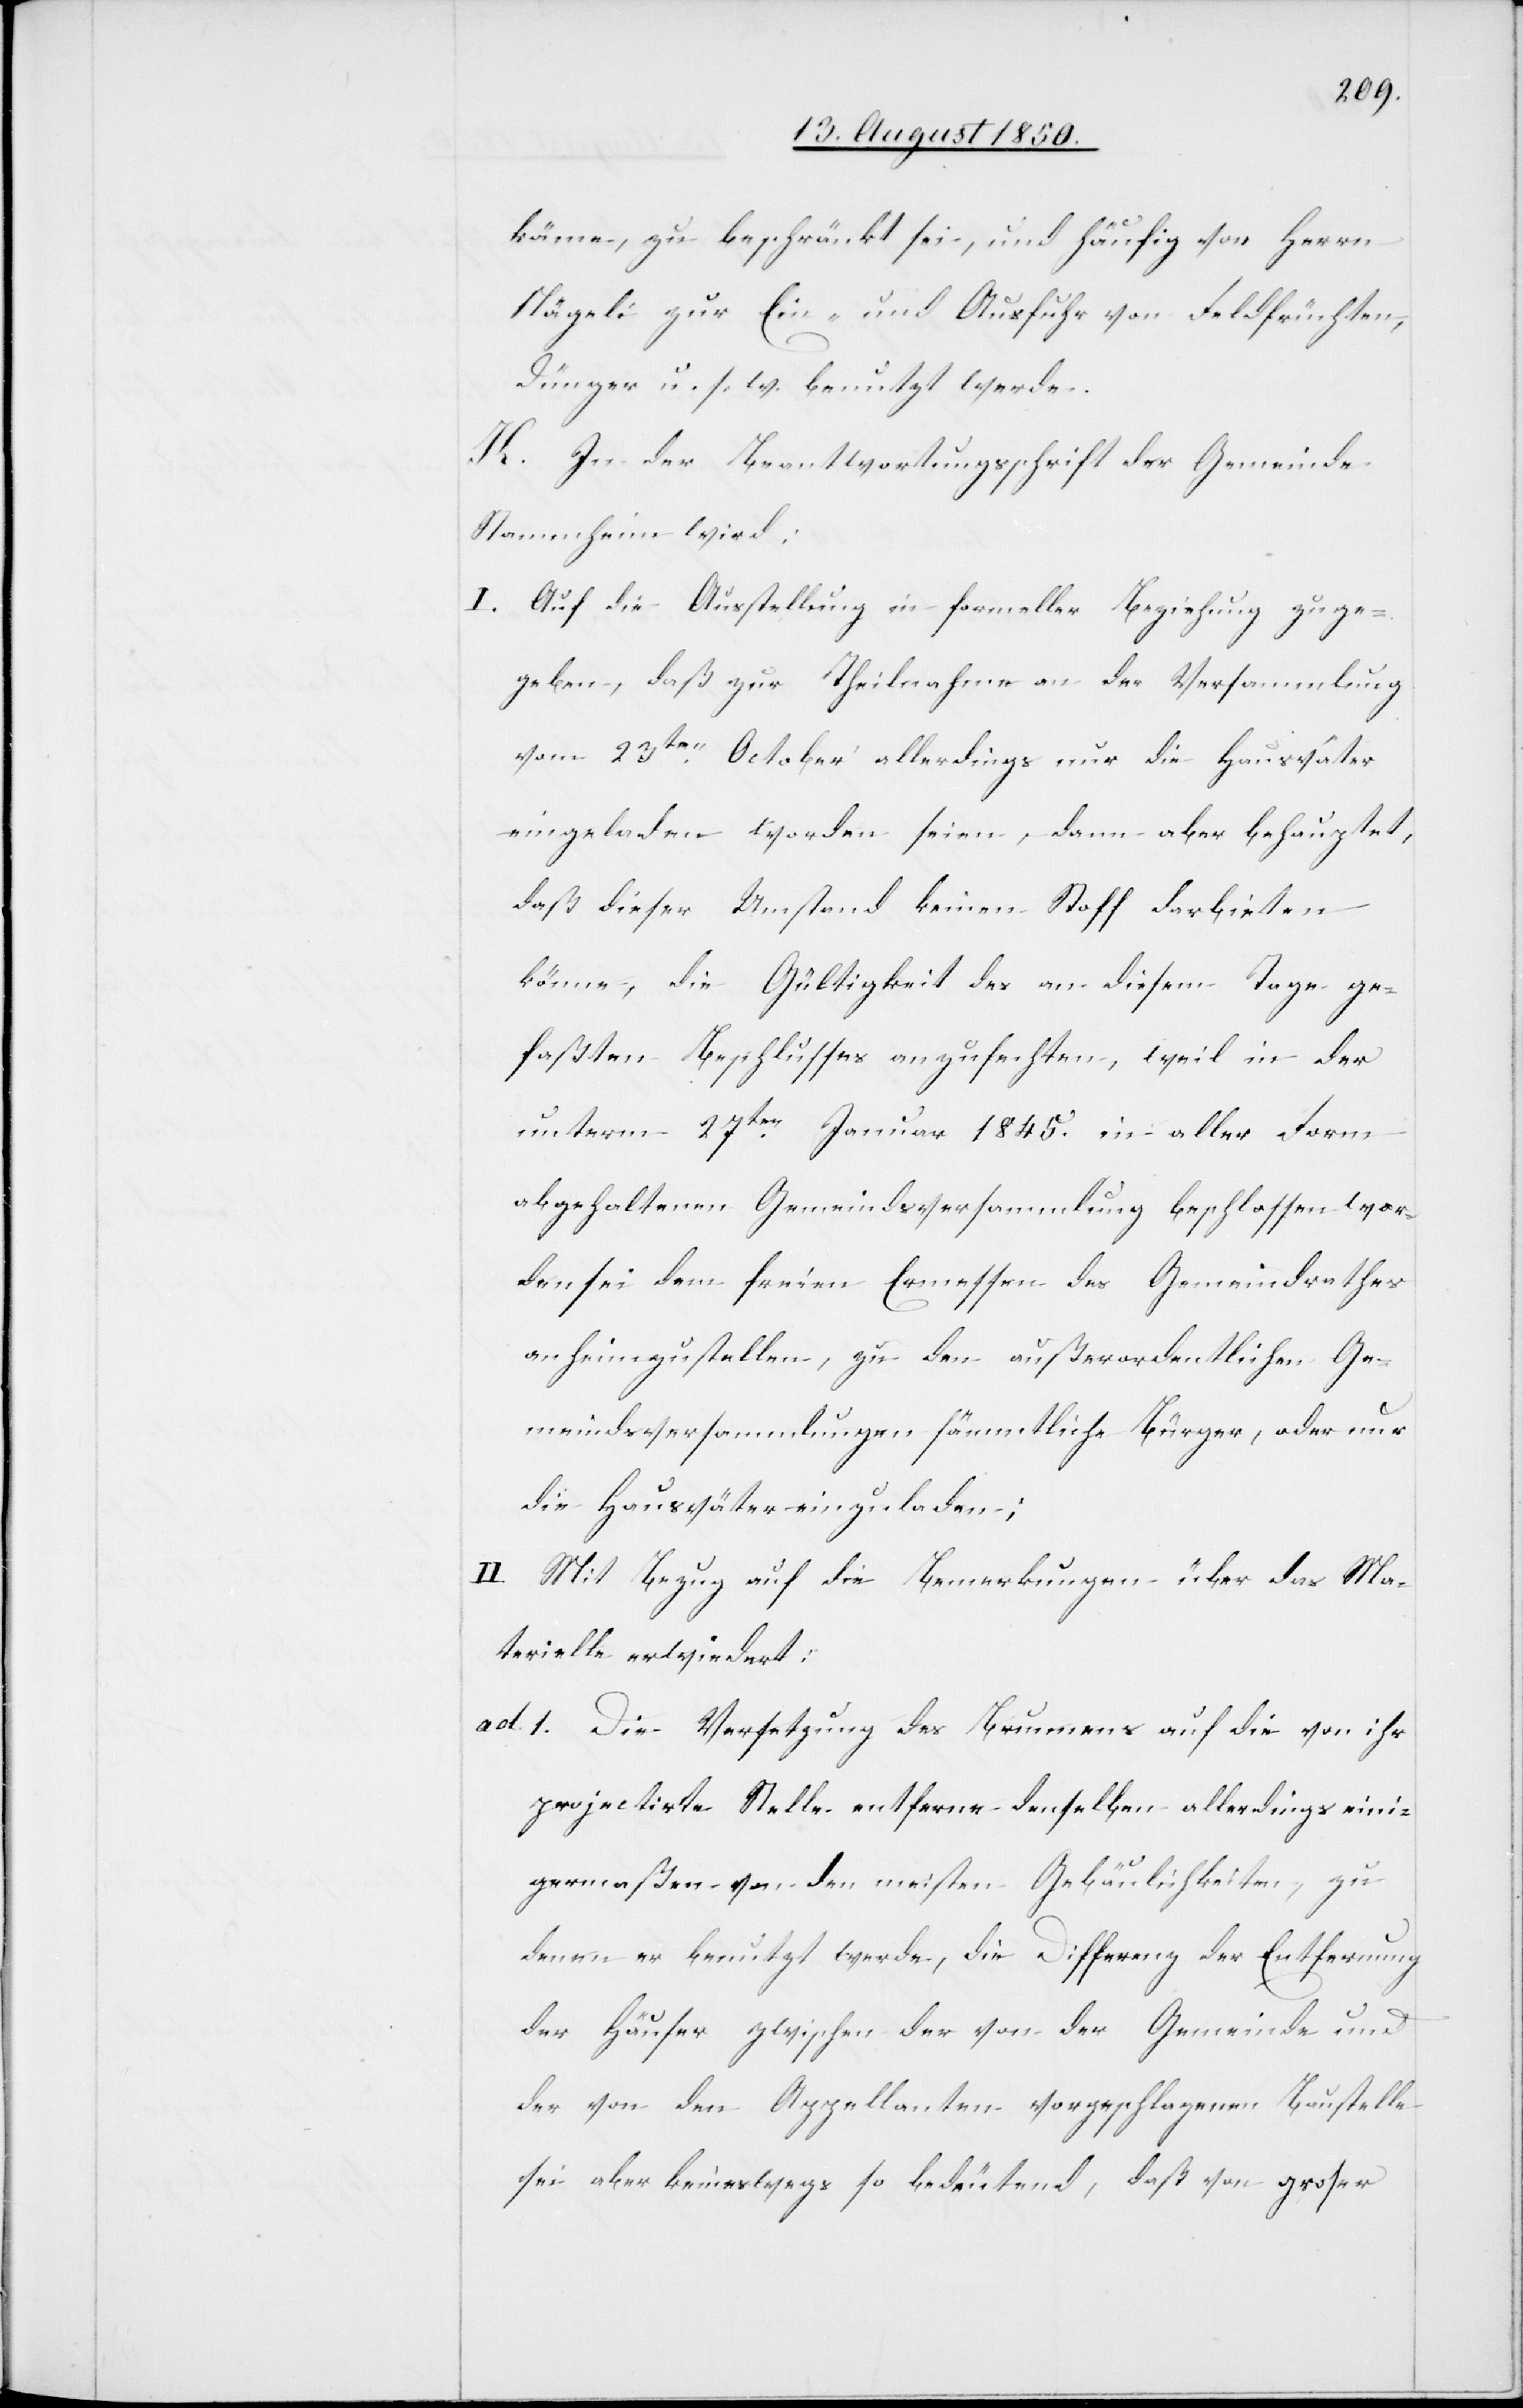
käme, zu beschränkt sei, und häufig von Herrn
Nägeli zur Ein- und Ausfuhr von Feldfrüchten,
Dünger u. s. w. benutzt werde.
K. In der Beantwortungsschrift der Gemeinde
Stammheim wird:
I. Auf die Ausstellung in formeller Beziehung zuge¬
geben, daß zur Theilnahme an der Versammlung
vom 23ten October allerdings nur die Hausväter
eingeladen worden seien, dann aber behauptet,
daß dieser Umstand keinen Stoff darbieten
könne, die Gültigkeit des an diesem Tage ge¬
faßten Beschlusses anzufechten, weil in der
unterm 27ten Januar 1845. in aller Form
abgehaltenen Gemeindsversammlung beschlossen wor¬
den sei dem freien Ermessen des Gemeindrathes
anheimzustellen, zu den außerordentlichen Ge¬
meindsversammlungen sämmtliche Bürger, oder nur
die Hausväter einzuladen;
II. Mit Bezug auf die Bemerkungen über das Ma¬
terielle erwiedert:
ad. 1. Die Versetzung des Brunnens auf die von ihr
projectirte Stelle entferne denselben allerdings eini¬
germaßen von den meisten Gebäulichkeiten, zu
denen er benutzt werde, die Differenz der Entfernung
der Häuser zwischen der von der Gemeinde und
der von den Appellanten vorgeschlagenen Baustelle
sei aber keineswegs so bedeutend, daß von grosser